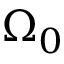
\Omega _ { 0 }